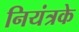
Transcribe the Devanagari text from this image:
नियंत्रके